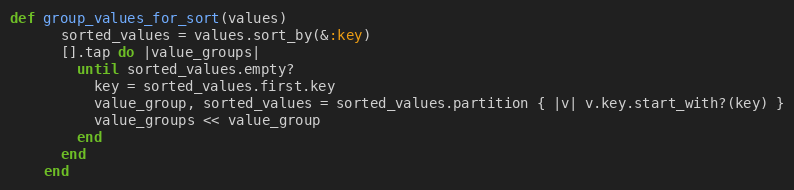
Language: Ruby
def group_values_for_sort(values)
      sorted_values = values.sort_by(&:key)
      [].tap do |value_groups|
        until sorted_values.empty?
          key = sorted_values.first.key
          value_group, sorted_values = sorted_values.partition { |v| v.key.start_with?(key) }
          value_groups << value_group
        end
      end
    end